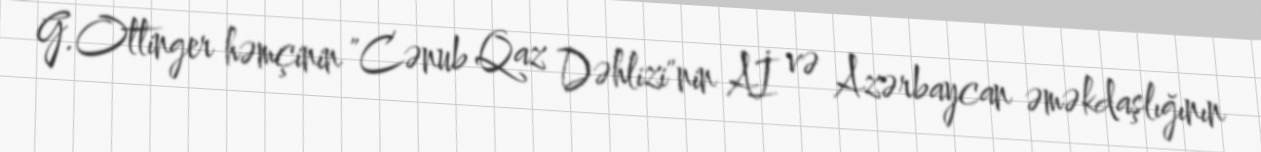
G.Ottinger həmçinin "Cənub Qaz Dəhlizi"nin Aİ və Azərbaycan əməkdaşlığının